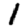
Digit: 1